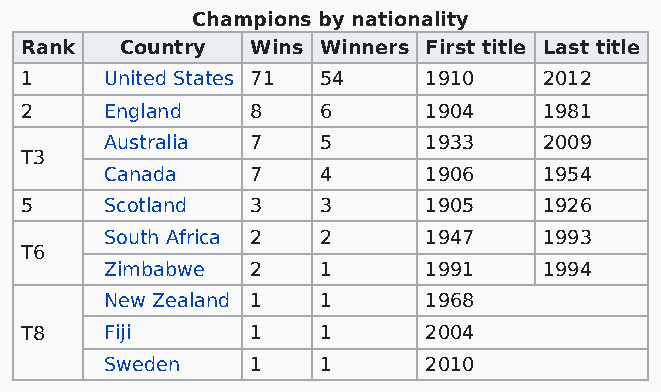
Champions by nationality
 Rank   Country  Wins Winners First title Last title
 1     United States 71 54  1910    2012
 2     England   8   6      1904    1981
 Australia 7   5      1933    2009
 T3
 Canada    7   4      1906    1954
 5     Scotland  3   3      1905    1926
 South Africa 2 2     1947    1993
 T6
 Zimbabwe  2   1      1991    1994
 New Zealand 1 1      1968
 T8    Fiji      1   1      2004
 Sweden    1   1      2010